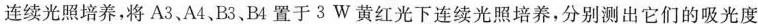
连续光照培养，将A3、A4、B3，B4置于3W黄红光下连续光照培养，分别测出它们的吸光度